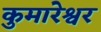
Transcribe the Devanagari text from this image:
कुमारेश्वर